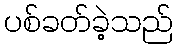
ပစ်ခတ်ခဲ့သည်